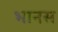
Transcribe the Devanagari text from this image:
भानस